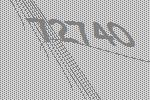
72740